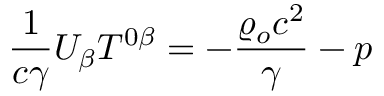
\frac { 1 } { c \gamma } U _ { \beta } T ^ { 0 \beta } = - \frac { \varrho _ { o } c ^ { 2 } } { \gamma } - p